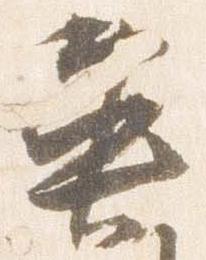
魚